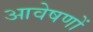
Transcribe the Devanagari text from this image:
आवेषणों